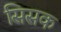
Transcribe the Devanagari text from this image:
सिसक